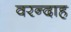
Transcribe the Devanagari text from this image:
वरन्दाह